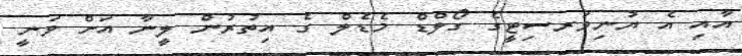
އާއި އެ ޔުނިވަރސިޓީގެ ގޯލްޑް މެޑެލް ގެ އިތުރުން ލީނާ އަށް ވަނީ